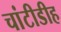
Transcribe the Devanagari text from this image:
चांटीडीह